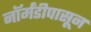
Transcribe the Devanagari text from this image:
नॉर्मंडीपासून